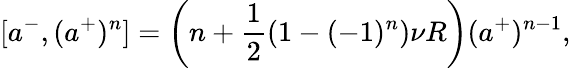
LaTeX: [a^{-},(a^{+})^{n}]=\left(n+\frac{1}{2}(1-(-1)^{n})\nu R\right)(a^{+})^{n-1},